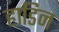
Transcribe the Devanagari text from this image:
हाडिन